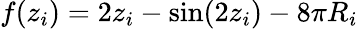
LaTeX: f(z_{i})=2z_{i}-\sin(2z_{i})-8\pi R_{i}